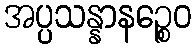
အပ္ပသန္နာနဉ္စေဝ